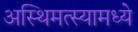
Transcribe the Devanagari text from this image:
अस्थिमत्स्यामध्ये